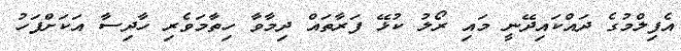
އެފިލްމުގެ ދައްކައިދޭނީ މައި ރޯލު ކުޅޭ ފަރާތައް ދިމާވާ ހިތާމަވެރި ހާދިސާ އަކަށްފަހު